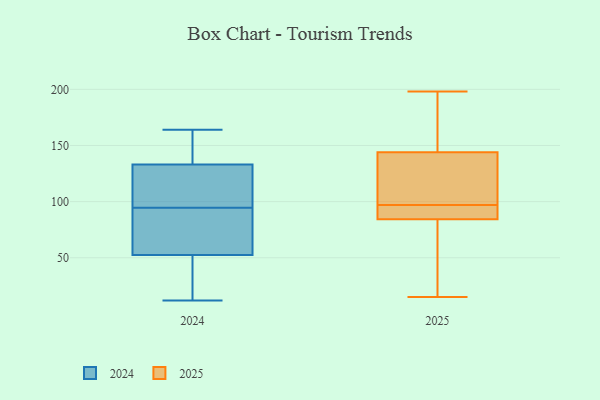
{"axis": {"x": "Tickets Resolved", "y": "Value"}, "legend": ["2024", "2025"], "data": [{"x": "", "y": 164, "type": "2024"}, {"x": "", "y": 143, "type": "2024"}, {"x": "", "y": 61, "type": "2024"}, {"x": "", "y": 141, "type": "2024"}, {"x": "", "y": 112, "type": "2024"}, {"x": "", "y": 125, "type": "2024"}, {"x": "", "y": 120, "type": "2024"}, {"x": "", "y": 77, "type": "2024"}, {"x": "", "y": 42, "type": "2024"}, {"x": "", "y": 44, "type": "2024"}, {"x": "", "y": 12, "type": "2024"}, {"x": "", "y": 74, "type": "2024"}, {"x": "", "y": 97, "type": "2025"}, {"x": "", "y": 91, "type": "2025"}, {"x": "", "y": 131, "type": "2025"}, {"x": "", "y": 198, "type": "2025"}, {"x": "", "y": 147, "type": "2025"}, {"x": "", "y": 93, "type": "2025"}, {"x": "", "y": 143, "type": "2025"}, {"x": "", "y": 111, "type": "2025"}, {"x": "", "y": 135, "type": "2025"}, {"x": "", "y": 15, "type": "2025"}, {"x": "", "y": 73, "type": "2025"}, {"x": "", "y": 97, "type": "2025"}, {"x": "", "y": 198, "type": "2025"}, {"x": "", "y": 173, "type": "2025"}, {"x": "", "y": 55, "type": "2025"}, {"x": "", "y": 51, "type": "2025"}, {"x": "", "y": 88, "type": "2025"}]}